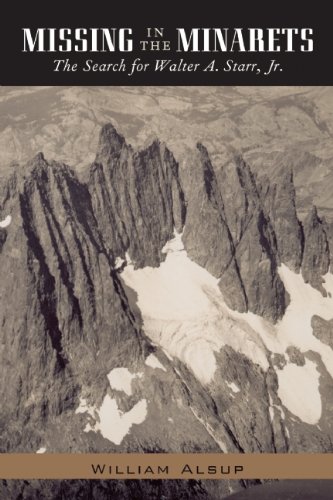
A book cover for Missing in the Minarets: The Search for Walter A. Starr, Jr.; William Alsup; History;